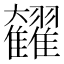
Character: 𩁭